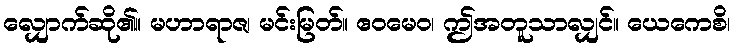
လျှောက်ဆို၏။ မဟာရာဇ၊ မင်းမြတ်။ ဧဝမေဝ၊ ဤအတူသာလျှင်။ ယေကေစိ၊